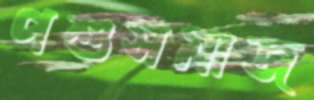
পশুসমাজ